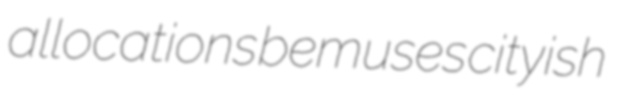
allocations bemuses cityish